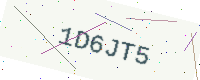
Text: 1D6JT5